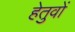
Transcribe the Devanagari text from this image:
हेतुवों